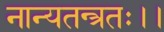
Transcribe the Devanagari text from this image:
नान्यतन्त्रतः।।